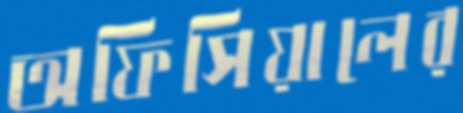
অফিসিয়ালের